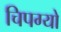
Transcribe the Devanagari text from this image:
चिपग्यो